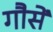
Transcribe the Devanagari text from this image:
गौसें